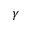
\gamma